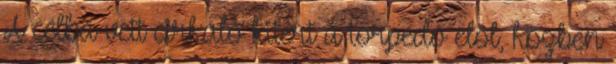
A célba vett cirkáló kitért a torpedó elől, közben